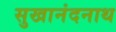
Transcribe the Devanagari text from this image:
सुखानंदनाथ